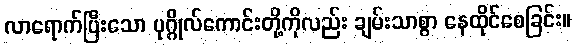
လာရောက်ပြီးသော ပုဂ္ဂိုလ်ကောင်းတို့ကိုလည်း ချမ်းသာစွာ နေထိုင်စေခြင်း။